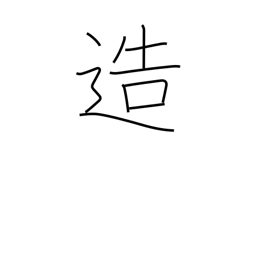
Meaning: create